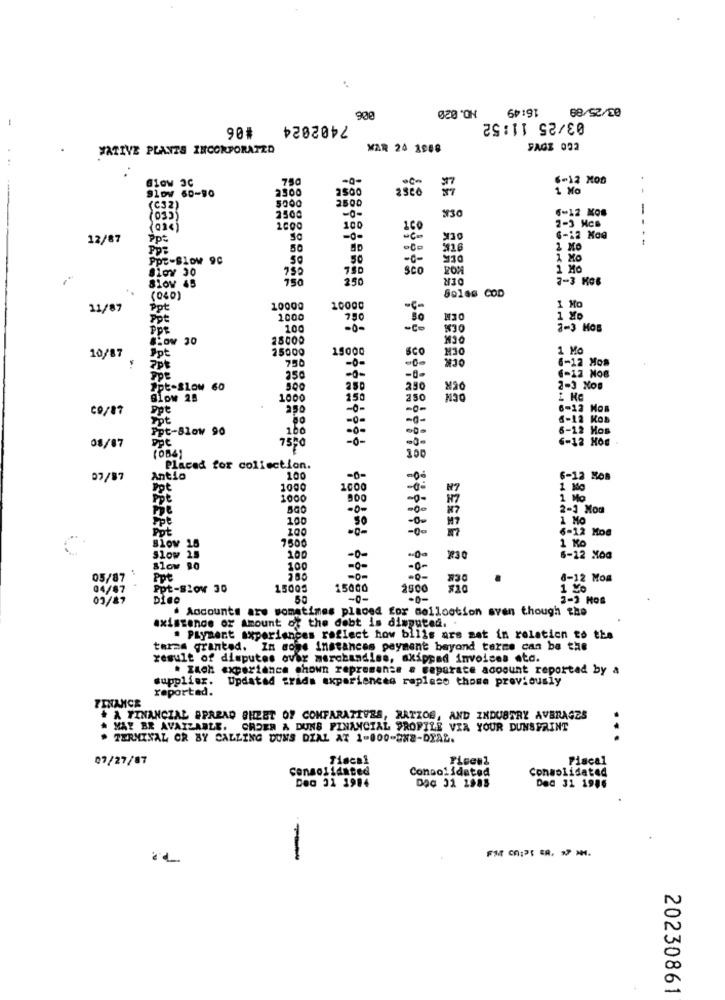
NO. 020
16:49
03/25/89
7402024
900
03/25 11:52
90#
NATIVE PLANTS INCORPORATZO
MAR 24 1988
FAGE 002
G10w 3C
750
6-12 HOD
2300
2500
2300
1 Mo
Slow 60-90
5000
(C32)
-0-
#30
6-12 KOS
---
(035)
2500
100
160
2-3 Mca
12/87
Pp:
-0-
¥30
6-12 Koe
Ppt
50
116
2 Mo
Ppt-Blow 9C
50
-c-
¥10
1 Mo
Slow 30
750
780
Sco
DER
1 Mo
810: 45
150
250
7-3 KG6
Sales COD
(040)
11/87
Ppt
10000
10000
1 Mo
Ppt
1000
7.50
PPR
100
-C-
¥30
2-3 MOB
Low 30
25000
130
OEN
Ppt
25000
15000
Sco
OCK
1 Mo
10/87
750
-0-
6-12 Hos
2pt
-0-
PPE
250
-6-
(-12 Noe
Ppt-Slow 60
250
DEN
2-3 Nos
Blow 28
1000
150
250
C9/87
Ppt
250
-0-
6-12 Mos
Ppt
-0-
-0-
6-12 Kos
Ppt-Slow 90
100
6-12 Hos
755
-0-
6-12 HOG
08/87
(084)
-3-
100
Placed for collection.
07/87
Antio
100
-06
6-12 MOB
1000
1000
1 Mo
Ppt
1000
900
-0-
1 Mo
-0-
-0-
2-1 Mod
Ppt
100
50
-0-
1 Mo
Ppt
-0%
6-12 Moc
7500
1 Ko
Slow 2
100
-0-
230
6-12 MAG
Slow 90
100
-0-
-0-
05/87 :
Ppt
-0-
#30
6-12 Mom
04/87
Ppt-Slow 30
15005
15000
2500
1 Mo
03/87
-0-
2-3 MOS
. Accounts are sometimes placed for collootion sven though the
existence or Amount of the debt is disputed. .
. PLyment experiences reflect how bilis ars mat in relation to the
tarme granted. In some instances payment beyond terne can be the
result of disputes over merchandise, axipped invoices atd.
· zach experience chown represents a separate account reported by a
supplier.
Updated trads experiences repleso those previously
reported.
FINANCE
+ A FINANCIAL #PARAD SHEET OF COMPARATIVES, RATZOG, AND INDUSTRY AVERAGES
# MAY BR AVAILABLE. ORDER A DUNS FINANCIAL PROFILE VIA YOUR DUNSPRINT
TERMINAL OR BY CALLING DUNS DIAL AT 1-800-5H2-DIAL.
07/27/07
Tiscal
Fiscal
consolidated
Consolidated
Consolidated
Dec 31 1984
DOC 31 1988
Dec 31 1986
-
20230861